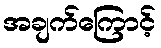
အချက်ကြောင့်